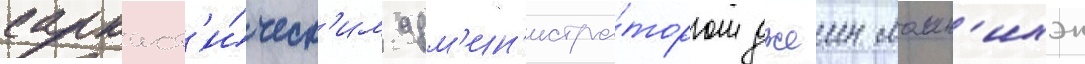
саркаст'и́ческ'им адм'ин'истра́тором джеин моин'ихэн